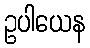
ဥပါယေန